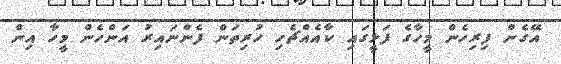
އޭގެން ފިރިހެން މީހާގެ ފަޅީގައި ކާއެއްޗެހި ހުރިތަން ފެންނައިރު އަންހެން މީހާ އިން